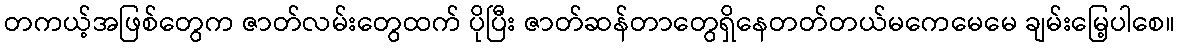
တကယ့်အဖြစ်တွေက ဇာတ်လမ်းတွေထက် ပိုပြီး ဇာတ်ဆန်တာတွေရှိနေတတ်တယ်မကေမေမေ ချမ်းမြေ့ပါစေ။